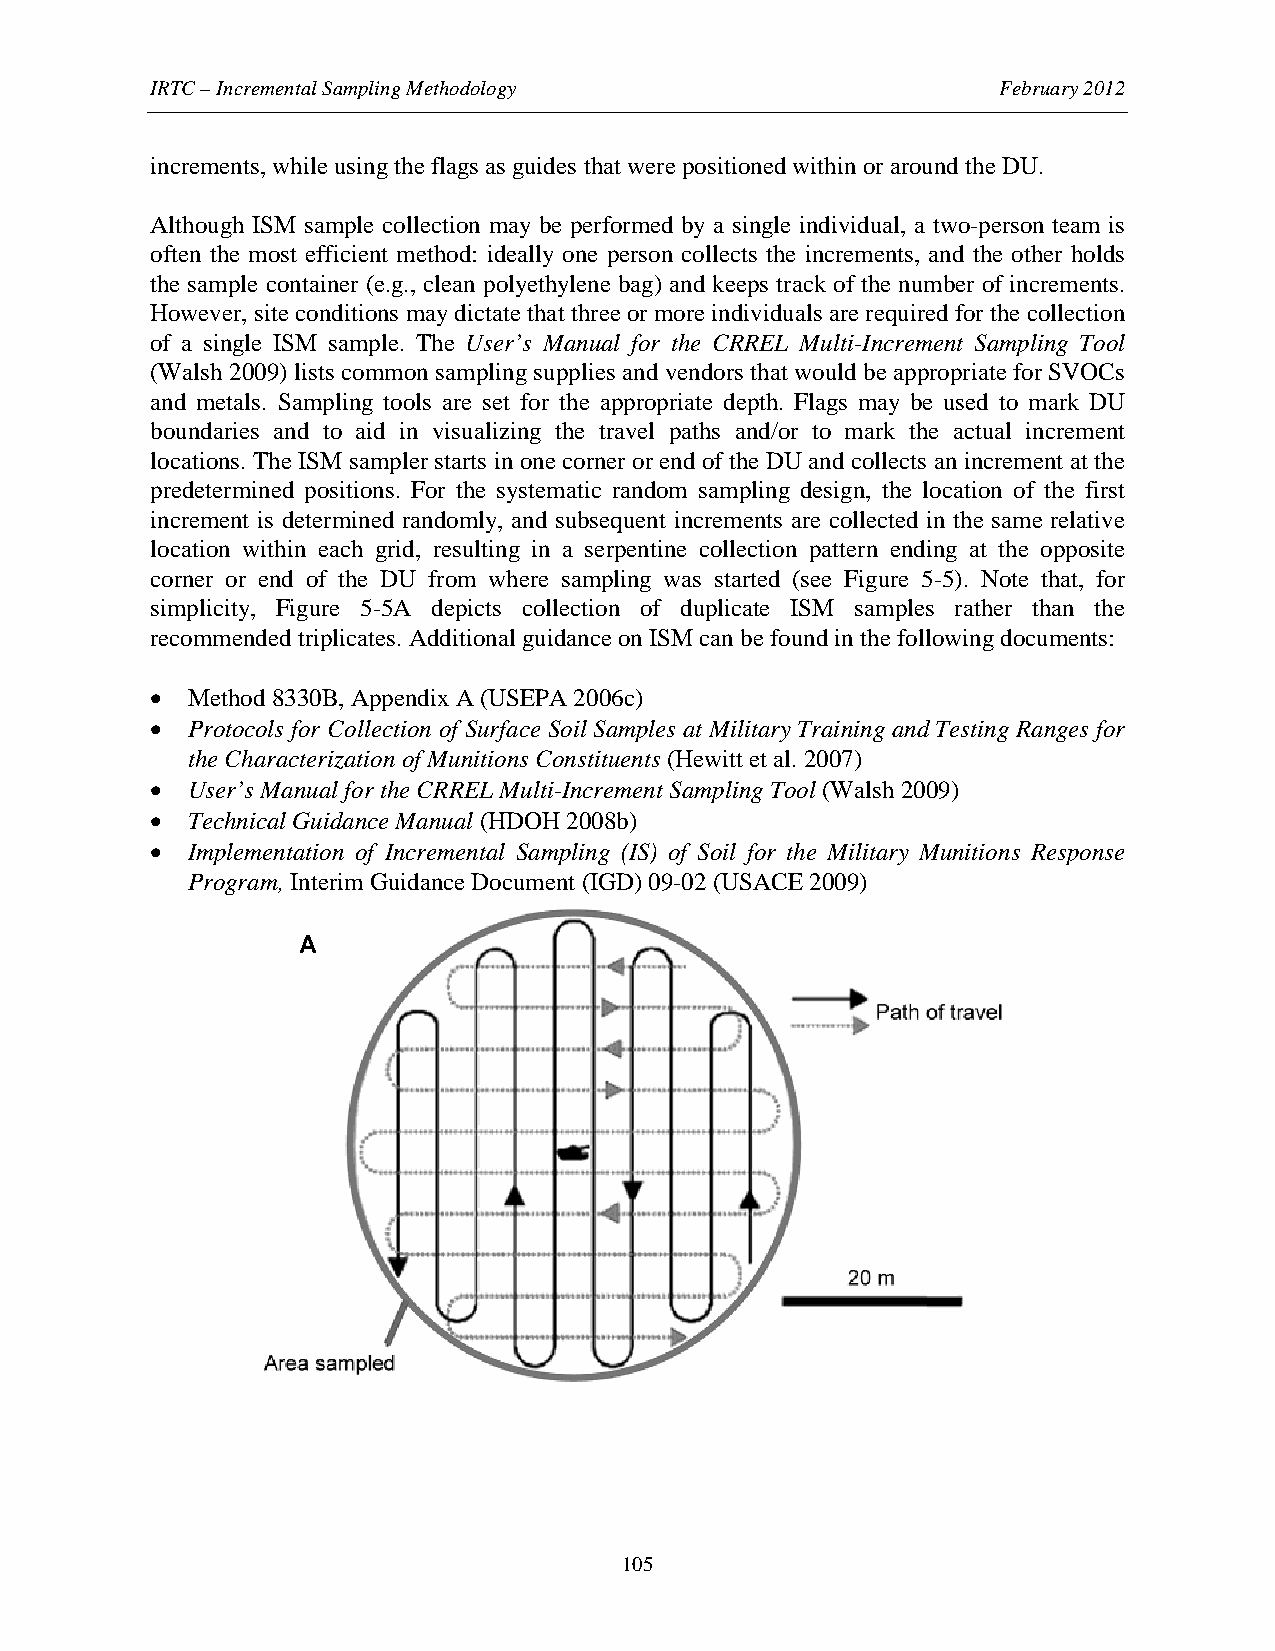
IRTC – Incremental Sampling Methodology                 February 2012
 increments, while using the flags as guides that were positioned within or around the DU.
 Although ISM sample collection may be performed by a single individual, a two-person team is
 often the most efficient method: ideally one person collects the increments, and the other holds
 the sample container (e.g., clean polyethylene bag) and keeps track of the number of increments.
 However, site conditions may dictate that three or more individuals are required for the collection
 of a single ISM sample. The User’s Manual for the CRREL Multi-Increment Sampling Tool
 (Walsh 2009) lists common sampling supplies and vendors that would be appropriate for SVOCs
 and metals. Sampling tools are set for the appropriate depth. Flags may be used to mark DU
 boundaries and to aid in visualizing the travel paths and/or to mark the actual increment
 locations. The ISM sampler starts in one corner or end of the DU and collects an increment at the
 predetermined positions. For the systematic random sampling design, the location of the first
 increment is determined randomly, and subsequent increments are collected in the same relative
 location within each grid, resulting in a serpentine collection pattern ending at the opposite
 corner or end of the DU from where sampling was started (see Figure 5-5). Note that, for
 simplicity, Figure 5-5A depicts collection of duplicate ISM samples rather than the
 recommended triplicates. Additional guidance on ISM can be found in the following documents:
 • Method 8330B, Appendix A (USEPA 2006c)
 • Protocols for Collection of Surface Soil Samples at Military Training and Testing Ranges for
 the Characterization of Munitions Constituents (Hewitt et al. 2007)
 • User’s Manual for the CRREL Multi-Increment Sampling Tool (Walsh 2009)
 • Technical Guidance Manual (HDOH 2008b)
 • Implementation of Incremental Sampling (IS) of Soil for the Military Munitions Response
 Program, Interim Guidance Document (IGD) 09-02 (USACE 2009)
 A
 105